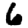
Digit: 6